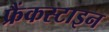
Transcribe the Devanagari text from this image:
फ्रैंकस्टाइन